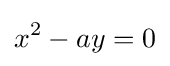
x^{2}-ay=0